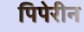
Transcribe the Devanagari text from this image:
पिपेरीन